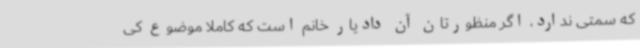
که سمتی ندارد، اگر منظورتان آن دادیار خانم است که کاملاً موضوع کی